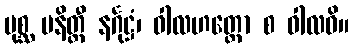
ပုစ္ဆ မနိတ္ထီ နင်္ဂုဋ္ဌံ၊ ဝါလဟတ္ထော စ ဝါလဓိ။